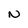
Character: N